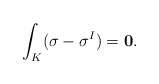
\begin{align*}\int_K (\mathbf\sigma - \mathbf\sigma^I) = {\bf 0}.\end{align*}